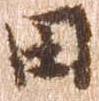
田